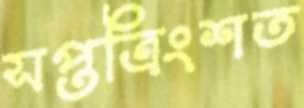
সপ্তত্রিংশত